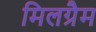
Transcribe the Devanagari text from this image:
मिलग्रैम